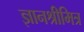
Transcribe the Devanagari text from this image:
ज्ञानश्रीमित्र